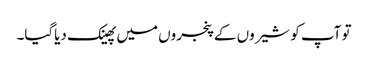
تو آپ کو شیروں کے پنجروں میں پھینک دیاگیا۔